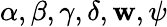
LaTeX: \alpha,\beta,\gamma,\delta,\mathbf{w},\psi